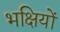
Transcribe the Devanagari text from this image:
भक्षियों